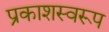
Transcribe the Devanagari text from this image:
प्रकाशस्वरूप